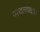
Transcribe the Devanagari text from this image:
परवलयकार